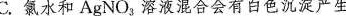
C.氯水和AgNO_{3}，溶液混合会有白色沉淀产生